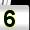
Digit: 5